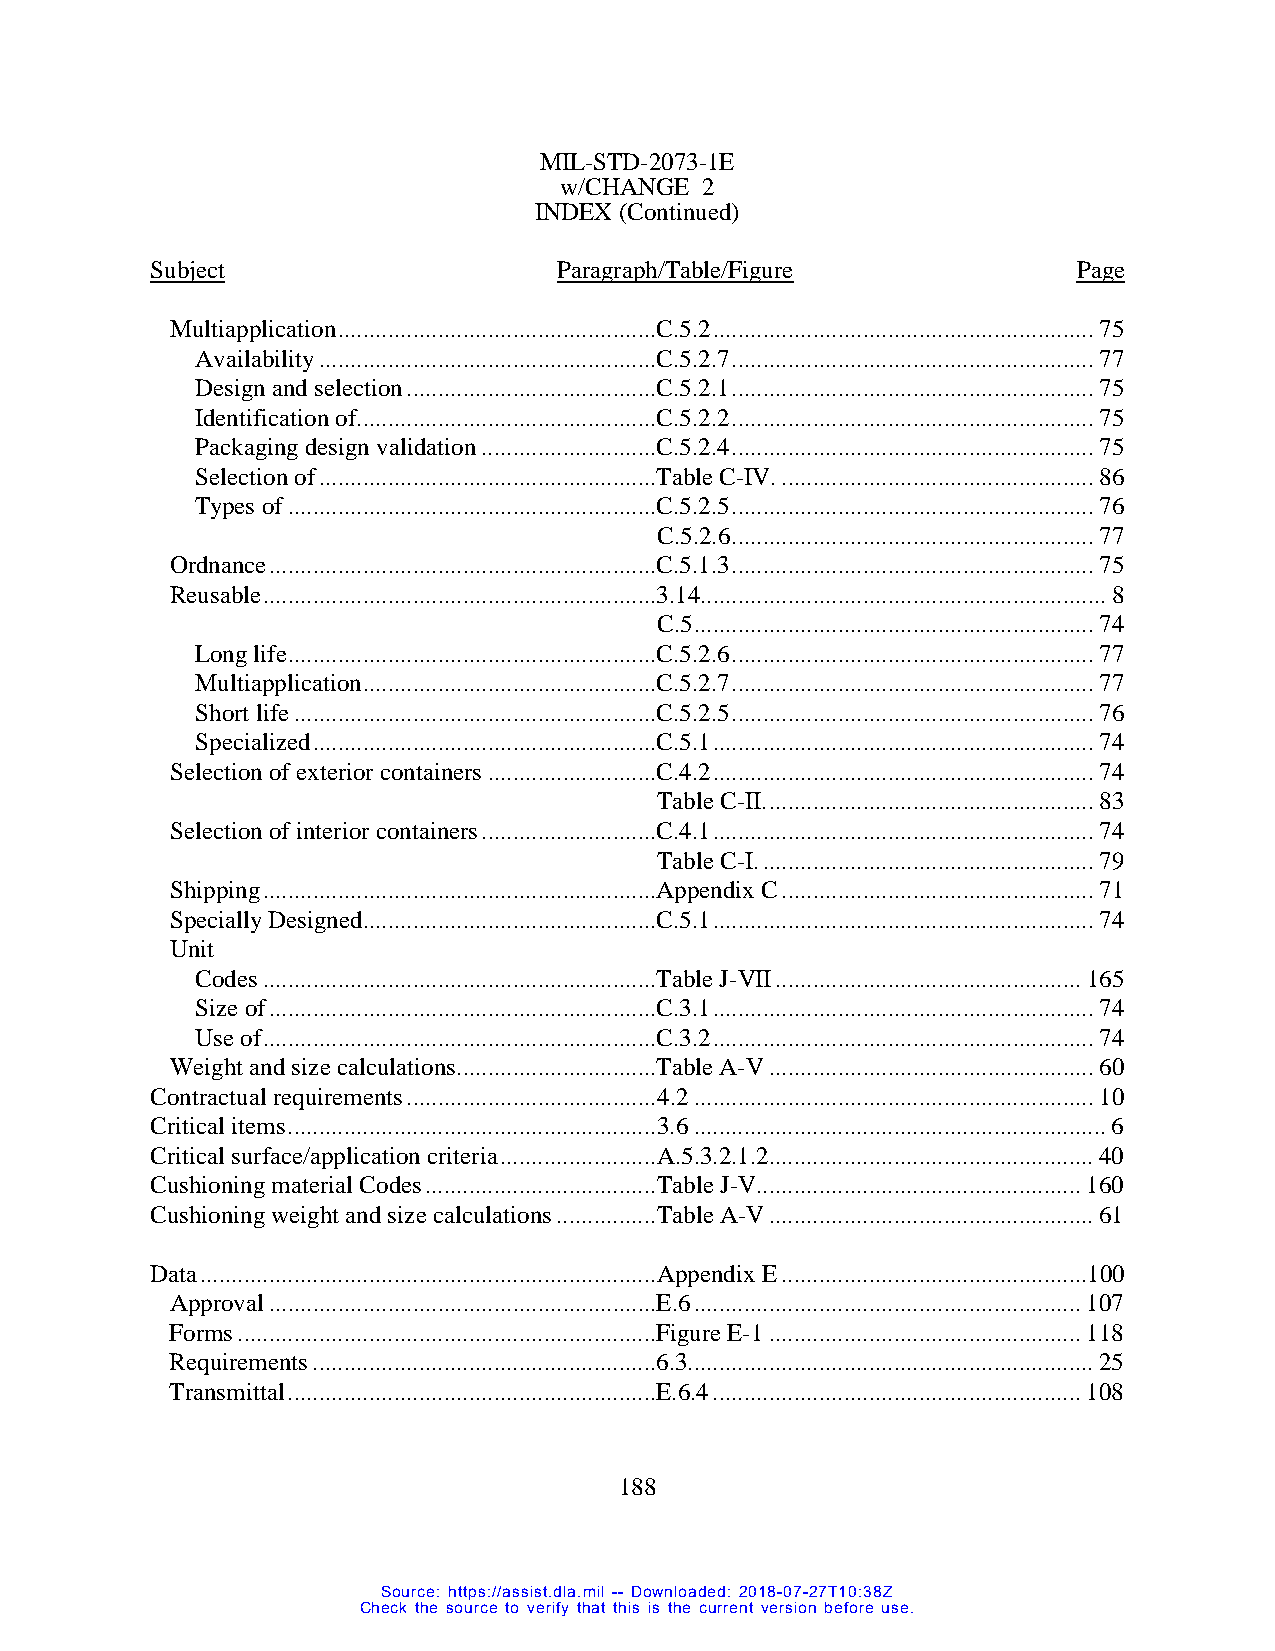
MIL-STD-2073-1E
 w/CHANGE 2
 INDEX (Continued)
 Subject                    Paragraph/Table/Figure            Page
 Multiapplication ...................................................C.5.2 ............................................................. 75
 Availability ......................................................C.5.2.7 .......................................................... 77
 Design and selection ........................................C.5.2.1 .......................................................... 75
 Identification of ................................................C.5.2.2 .......................................................... 75
 Packaging design validation ............................C.5.2.4 .......................................................... 75
 Selection of ......................................................Table C-IV. .................................................. 86
 Types of ...........................................................C.5.2.5 .......................................................... 76
 C.5.2.6 .......................................................... 77
 Ordnance ..............................................................C.5.1.3 .......................................................... 75
 Reusable ...............................................................3.14................................................................. 8
 C.5 ................................................................ 74
 Long life ...........................................................C.5.2.6 .......................................................... 77
 Multiapplication ...............................................C.5.2.7 .......................................................... 77
 Short life ..........................................................C.5.2.5 .......................................................... 76
 Specialized .......................................................C.5.1 ............................................................. 74
 Selection of exterior containers ...........................C.4.2 ............................................................. 74
 Table C-II. .................................................... 83
 Selection of interior containers ............................C.4.1 ............................................................. 74
 Table C-I. ..................................................... 79
 Shipping ...............................................................Appendix C .................................................. 71
 Specially Designed ...............................................C.5.1 ............................................................. 74
 Unit
 Codes ...............................................................Table J-VII ................................................. 165
 Size of ..............................................................C.3.1 ............................................................. 74
 Use of ...............................................................C.3.2 ............................................................. 74
 Weight and size calculations ................................Table A-V .................................................... 60
 Contractual requirements ........................................ 4.2 ................................................................ 10
 Critical items ........................................................... 3.6 .................................................................. 6
 Critical surface/application criteria ......................... A.5.3.2.1.2.................................................... 40
 Cushioning material Codes ..................................... Table J-V.................................................... 160
 Cushioning weight and size calculations ................ Table A-V .................................................... 61
 Data ......................................................................... Appendix E .................................................100
 Approval ..............................................................E.6 .............................................................. 107
 Forms ...................................................................Figure E-1 .................................................. 118
 Requirements .......................................................6.3................................................................. 25
 Transmittal ...........................................................E.6.4 ........................................................... 108
 188
 Source: https://assist.dla.mil -- Downloaded: 2018-07-27T10:38Z
 Check the source to verify that this is the current version before use.